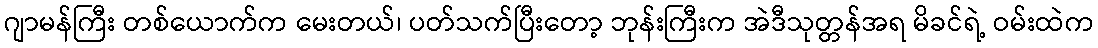
ဂျာမန်ကြီး တစ်ယောက်က မေးတယ်၊ ပတ်သက်ပြီးတော့ ဘုန်းကြီးက အဲဒီသုတ္တန်အရ မိခင်ရဲ့ ဝမ်းထဲက